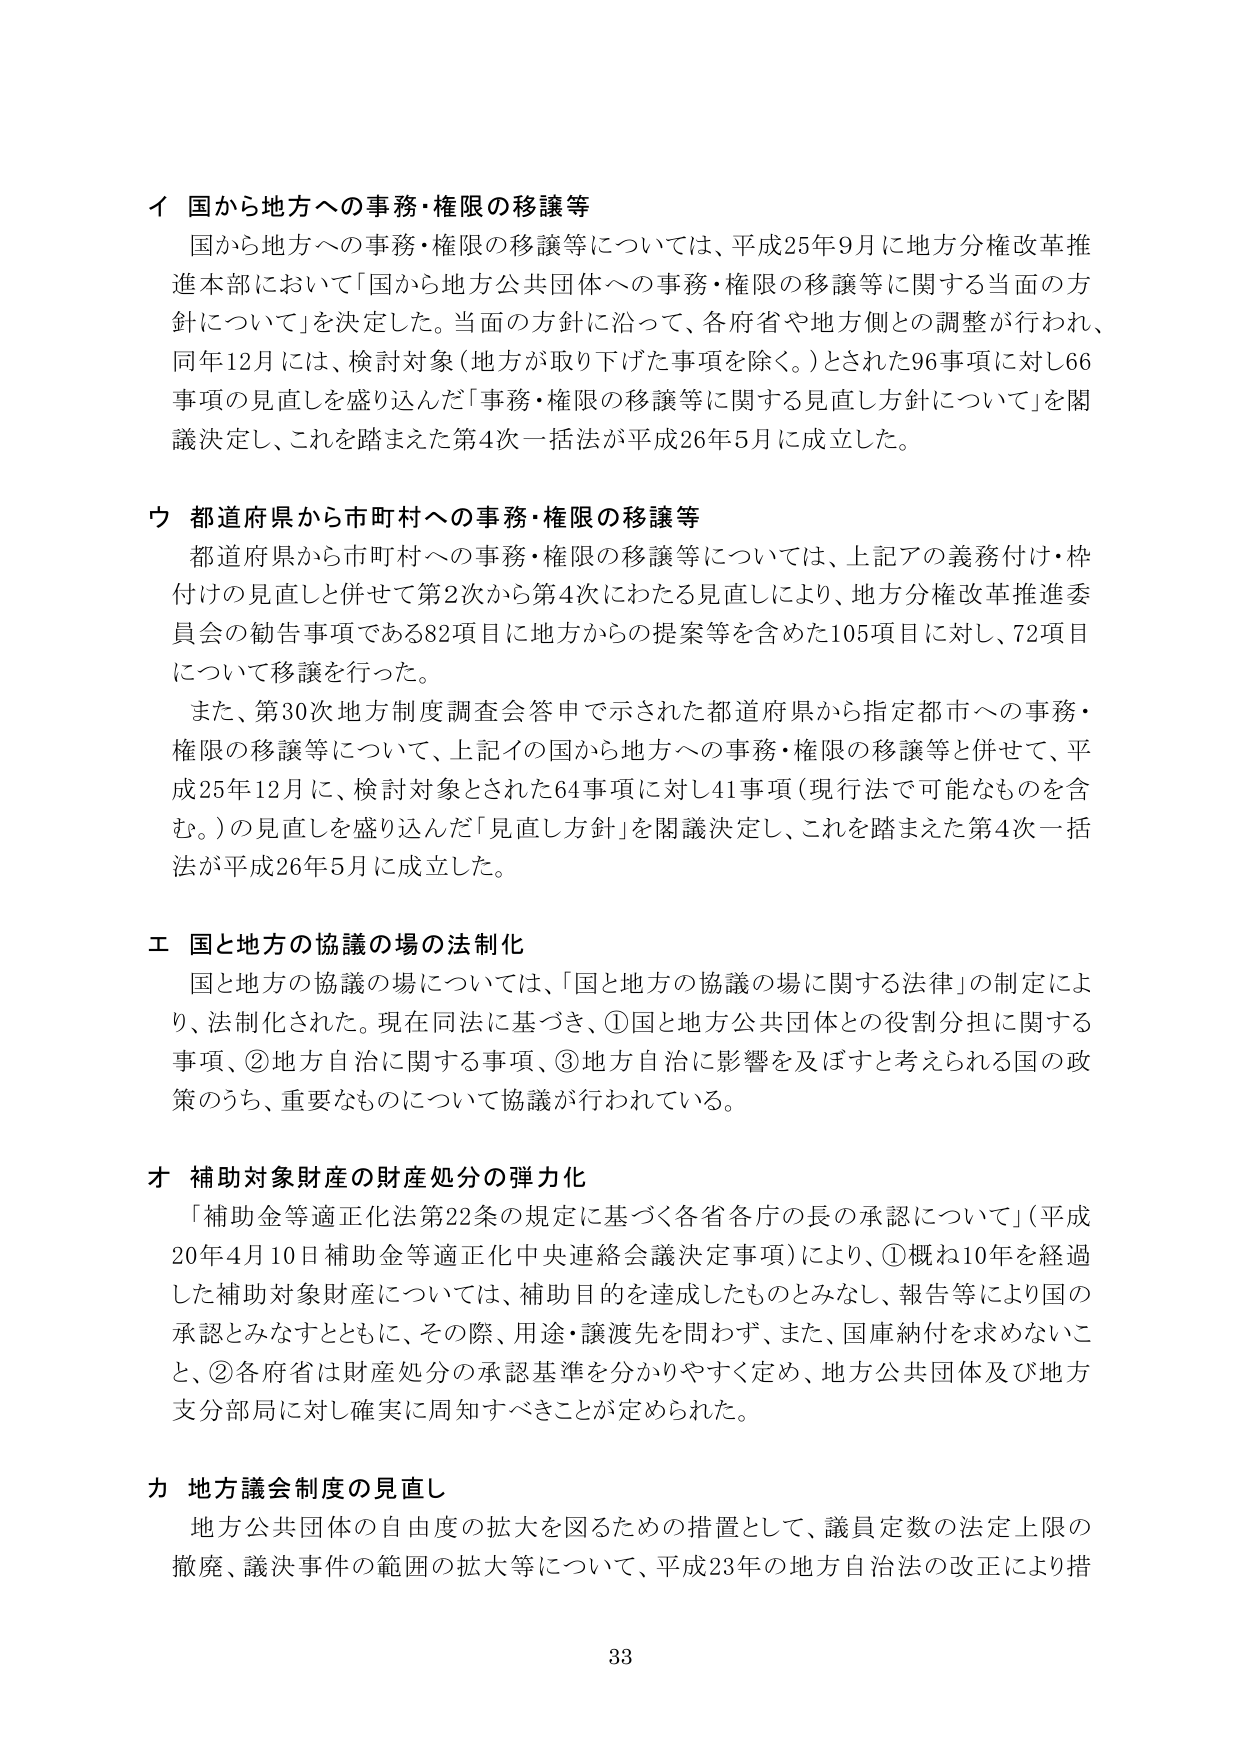
イ 国から地方への事務・権限の移譲等
国から地方への事務・権限の移譲等については、平成25年9月に地方分権改革推進本部において「国から地方公共団体への事務・権限の移譲等に関する当面の方針について」を決定した。当面の方針に沿って、各府省や地方側との調整が行われ、同年12月には、検討対象（地方が取り下げた事項を除く。）とされた96事項に対し66事項の見直しを盛り込んだ「事務・権限の移譲等に関する見直し方針について」を閣議決定し、これを踏まえた第4次一括法が平成26年5月に成立した。

ウ 都道府県から市町村への事務・権限の移譲等
都道府県から市町村への事務・権限の移譲等については、上記アの義務付け・枠付けの見直しと併せて第2次から第4次にわたる見直しにより、地方分権改革推進委員会の勧告事項である82項目に地方からの提案等を含めた105項目に対し、72項目について移譲を行った。
また、第30次地方制度調査会答申で示された都道府県から指定都市への事務・権限の移譲等について、上記イの国から地方への事務・権限の移譲等と併せて、平成25年12月に、検討対象とされた64事項に対し41事項（現行法で可能なものも含む。）の見直しを盛り込んだ「見直し方針」を閣議決定し、これを踏まえた第4次一括法が平成26年5月に成立した。

エ 国と地方の協議の場の法制化
国と地方の協議の場については、「国と地方の協議の場に関する法律」の制定により、法制化された。現在同法に基づき、①国と地方公共団体との役割分担に関する事項、②地方自治に関する事項、③地方自治に影響を及ぼすと考えられる国の政策のうち、重要なものについて協議が行われている。

オ 補助対象財産の財産処分の弾力化
「補助金等適正化法第22条の規定に基づく各省各庁の長の承認について」（平成20年4月10日補助金等適正化中央連絡会議決定事項）により、①概ね10年を経過した補助対象財産については、補助目的を達成したものとみなし、報告等により国の承認とみなすとともに、その際、用途・譲渡先を問わず、また、国庫納付を求めないこと、②各府省は財産処分の承認基準を分かりやすく定め、地方公共団体及び地方支分部局に対し確実に周知すべきことが定められた。

カ 地方議会制度の見直し
地方公共団体の自由度の拡大を図るための措置として、議員定数の法定上限の撤廃、議決事件の範囲の拡大等について、平成23年の地方自治法の改正により措

33